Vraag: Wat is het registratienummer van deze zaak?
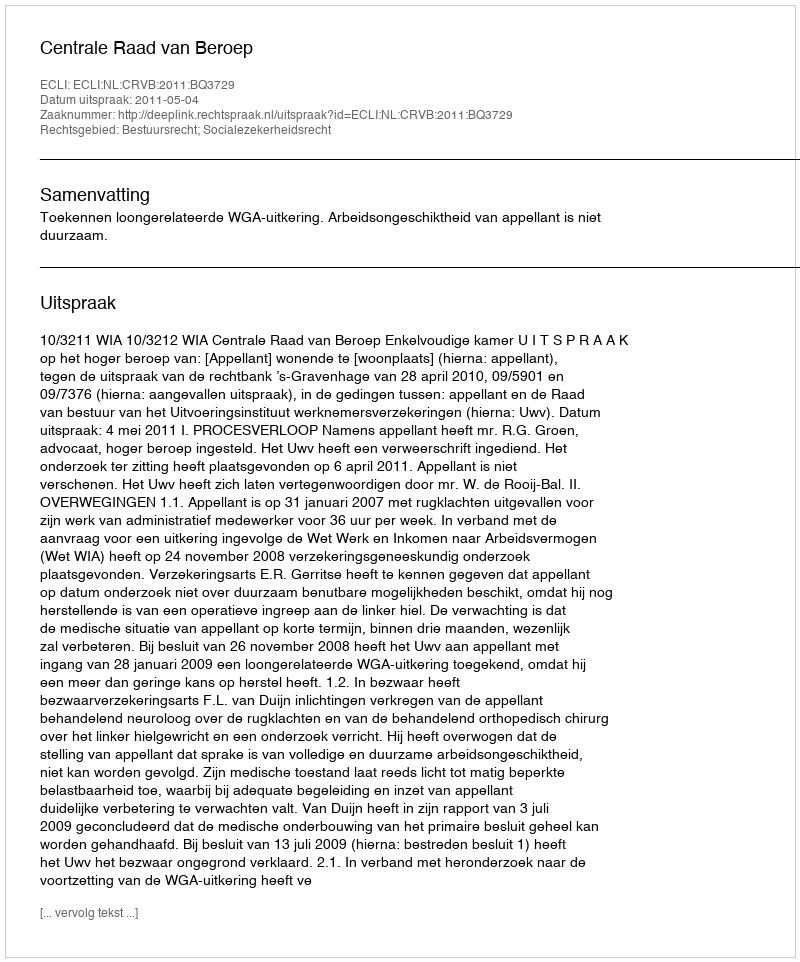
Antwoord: http://deeplink.rechtspraak.nl/uitspraak?id=ECLI:NL:CRVB:2011:BQ3729